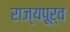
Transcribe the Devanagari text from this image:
राज्यपूर्व